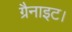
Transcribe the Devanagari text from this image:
ग्रैनाइट।